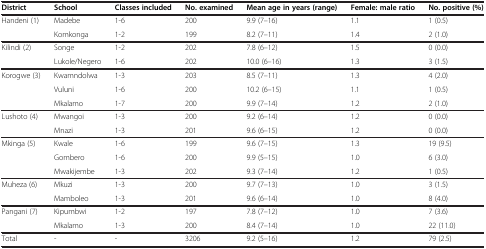
<table><thead><tr><td><b>District</b></td><td><b>School</b></td><td><b>Classes included</b></td><td><b>No. examined</b></td><td><b>Mean age in years (range)</b></td><td><b>Female: male ratio</b></td><td><b>No. positive (%)</b></td></tr></thead><tbody><tr><td>Handeni (1)</td><td>Madebe</td><td>1-6</td><td>200</td><td>9.9 (7–16)</td><td>1.1</td><td>1 (0.5)</td></tr><tr><td></td><td>Komkonga</td><td>1-2</td><td>199</td><td>8.2 (7–11)</td><td>1.4</td><td>2 (1.0)</td></tr><tr><td>Kilindi (2)</td><td>Songe</td><td>1-2</td><td>202</td><td>7.8 (6–12)</td><td>1.5</td><td>0 (0.0)</td></tr><tr><td></td><td>Lukole/Negero</td><td>1-6</td><td>202</td><td>10.0 (6–16)</td><td>1.3</td><td>3 (1.5)</td></tr><tr><td>Korogwe (3)</td><td>Kwamndolwa</td><td>1-3</td><td>203</td><td>8.5 (7–11)</td><td>1.3</td><td>4 (2.0)</td></tr><tr><td></td><td>Vuluni</td><td>1-6</td><td>200</td><td>10.2 (6–15)</td><td>1.1</td><td>1 (0.5)</td></tr><tr><td></td><td>Mkalamo</td><td>1-7</td><td>200</td><td>9.9 (7–14)</td><td>1.2</td><td>2 (1.0)</td></tr><tr><td>Lushoto (4)</td><td>Mwangoi</td><td>1-3</td><td>200</td><td>9.2 (6–14)</td><td>1.2</td><td>0 (0.0)</td></tr><tr><td></td><td>Mnazi</td><td>1-3</td><td>201</td><td>9.6 (6–15)</td><td>1.2</td><td>0 (0.0)</td></tr><tr><td>Mkinga (5)</td><td>Kwale</td><td>1-6</td><td>199</td><td>9.6 (7–15)</td><td>1.3</td><td>19 (9.5)</td></tr><tr><td></td><td>Gombero</td><td>1-6</td><td>200</td><td>9.9 (5–15)</td><td>1.0</td><td>6 (3.0)</td></tr><tr><td></td><td>Mwakijembe</td><td>1-3</td><td>202</td><td>9.3 (7–14)</td><td>1.2</td><td>1 (0.5)</td></tr><tr><td>Muheza (6)</td><td>Mkuzi</td><td>1-3</td><td>200</td><td>9.7 (7–13)</td><td>1.0</td><td>3 (1.5)</td></tr><tr><td></td><td>Mamboleo</td><td>1-3</td><td>201</td><td>9.6 (6–14)</td><td>1.0</td><td>8 (4.0)</td></tr><tr><td>Pangani (7)</td><td>Kipumbwi</td><td>1-2</td><td>197</td><td>7.8 (7–12)</td><td>1.0</td><td>7 (3.6)</td></tr><tr><td></td><td>Mkalamo</td><td>1-3</td><td>200</td><td>8.4 (7–14)</td><td>1.0</td><td>22 (11.0)</td></tr><tr><td>Total</td><td>-</td><td>-</td><td>3206</td><td>9.2 (5–16)</td><td>1.2</td><td>79 (2.5)</td></tr></tbody></table>